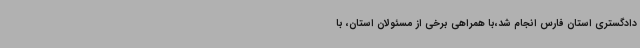
دادگستری استان فارس انجام شد،با همراهی برخی از مسئولان استان، با